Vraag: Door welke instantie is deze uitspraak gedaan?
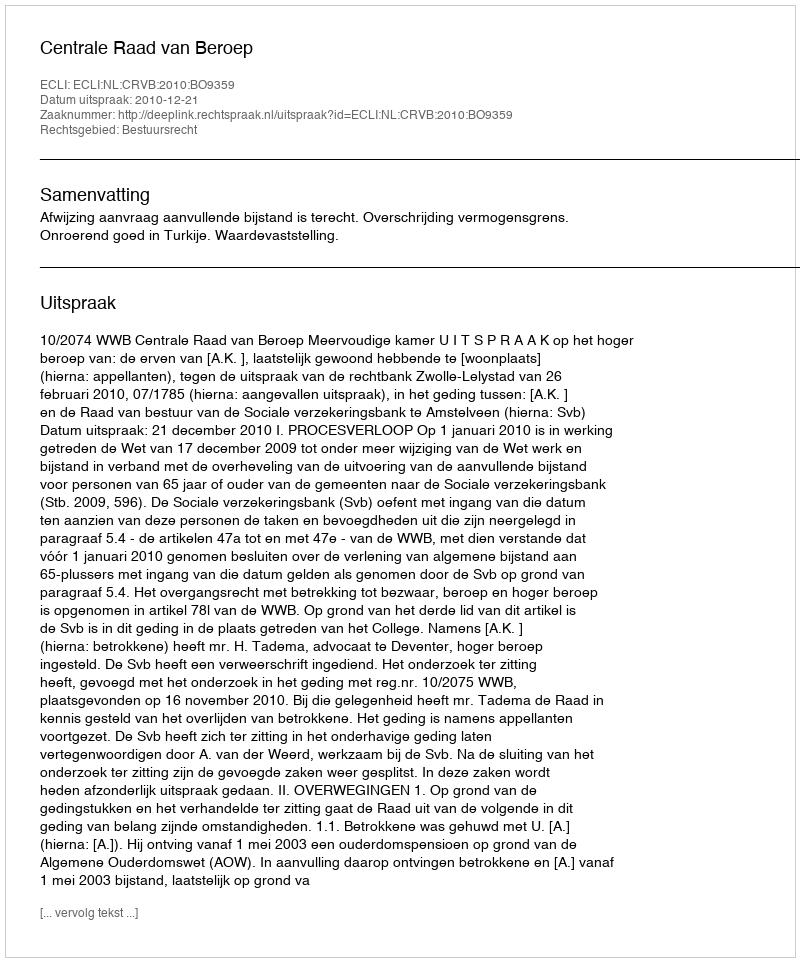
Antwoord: Centrale Raad van Beroep